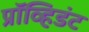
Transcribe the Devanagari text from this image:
प्रॉव्हिडंट